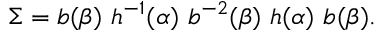
\Sigma = b ( \beta ) \ h ^ { - 1 } ( \alpha ) \ b ^ { - 2 } ( \beta ) \ h ( \alpha ) \ b ( \beta ) .